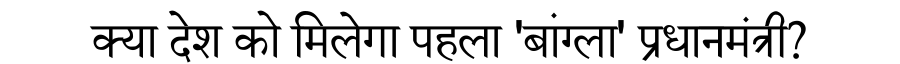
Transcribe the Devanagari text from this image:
क्या देश को मिलेगा पहला 'बांग्ला' प्रधानमंत्री?